Civil Veterinary Dept. Assam report 1927-50 - 1927-1950
Year: 1927
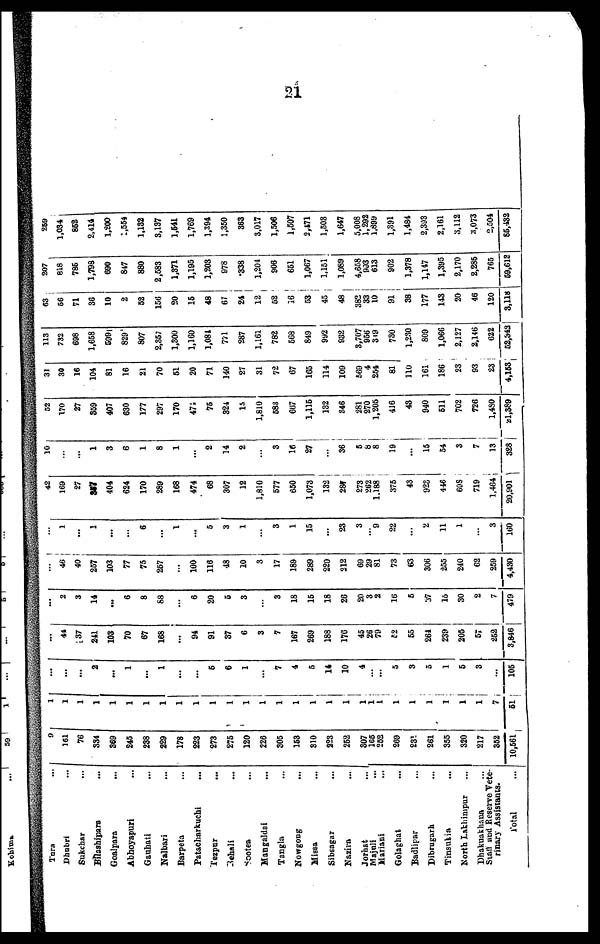
21
Tura ...
Dhubri ...
Sukchar ...
Bilashipara ...
Goalpara
...
Abhoyapuri ...
Gauhati ...
Nalbari ...
Barpeta ...
Patacharkuchi ...
Tezpur ...
Behali ...
Sootea ...
Mangaldai ...
Tangla ...
Nowgong ...
Missa ...
Sibsagar ...
Nazira ...
Jorhst
Majuli ...
Majuli ...
Mariani ...
Golaghat ...
Badlipar ...
Dibrugarh ...
Tinsukia ...
North Lakhimpur ...
Dhakuakhana ...
Stall and Reserve Vete-
rinary Assistants.
Total ...
9
161
76
334
369
S45
238
229
178
223
273
276
120
226
305
153
310
223
252
307
165
252
269
231
261
355
320
217
352
10,561
1
1
1
1
1
1
1
1
1
1
1
1
1
1
1
1
1
1
1
1
1
1
1
1
1
1
1
1
7
51
...
...
...
2
...
1
...
1
...
...
5
6
1
...
7
4
5
14
10
4
... ...
5
3
5
1
5
3
...
105
...
44
37
241
103
70
67
168
...
94
91
37
6
3
7
167
269
188
176
45
26
79
62
55
264
239
205
57
252
3,846
...
2
3
14
...
6
8
88
....
6
20
5
3
...
3
18
15
18
26
20
3
2
16
5
37
16
30
2
7
479
...
46
40
257
103
77
75
257
...
100
116
48
10
3
17
189
289
220
212
69
29
81
73
63
306
255
240
62
259
4,430
...
1
...
1
...
...
6
...
1
...
5
3
1
...
3
1
15
...
23
3
... 9
22
...
2
11
1
...
3
160
42
169
27
357
404
624
170
289
168
474
68
307
12
1,810
577
650
1,073
132
287
273
262
1,188
375
43
923
446
608
719
1,464
20,901
10
...
...
1
3
6
1
8
1
...
2
14
2
...
3
16
27
...
36
5
8
8
19
...
15
54
3
7
13
328
52
170
27
359
407
630
177
297
170
474
75
324
15
1,810
583
667
1,115
132
346
281
270
1,205
416
43
940
511
702
726
1,480
31,389
31
30
16
104
81
16
21
70
51
20
71
140
27
31
72
67
165
114
109
569
4
254
81
110
161
186
23
93
23
4,153
113
732
698
1,658
599
829
807
2,357
1,300
1,160
1,081
771
287
1,161
782
568
849
992
932
3,707
956
349
730
1,230
809
1,066
2,127
2,146
622
52,342
63
56
71
36
10
2
52
156
20
16
48
67
24
12
52
16
53
45
48
382
33
10
91
38
177
143
20
46
120
3,118
207
818
785
1,798
690
847
880
2,583
1,371
1,195
1,203
978
338
1,204
906
651
1,067
1,151
1,089
4,658
993
613
902
1,378
1,147
1,395
2,170
2,285
765
59,618
259
1,034
852
2,414
1,200
1,554
1,132
3,137
1,541
1,769
1,394
1,350
363
3,017
1,506
1,507
2,471
1,503
1,647
5,008
1,292
1,899
1,391
1,484
2,393
2,161
3,112
3,073
2,504
85,432